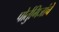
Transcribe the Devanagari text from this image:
पोर्तुगिजांचे